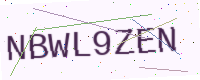
Text: NBWL9ZEN